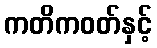
ကတိကဝတ်နှင့်